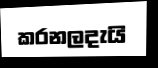
කරනලදැයි